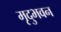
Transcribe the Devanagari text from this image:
मृदुभवन